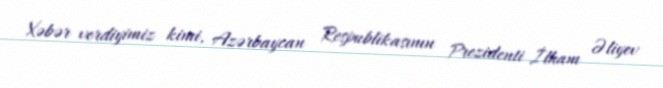
Xəbər verdiyimiz kimi, Azərbaycan Respublikasının Prezidenti İlham Əliyev